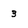
Character: 3